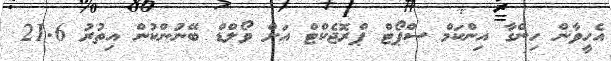
އެހީވާން ހިންގާ އިންކަމް ސްޕޯޓް ޕްރޮޖެކްޓް އަށް ވޯލްޑް ބޭނުންކުން އިތުރު 21.6